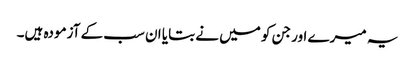
یہ میرے اور جن کو میں نے بتایا ان سب کے آزمودہ ہیں۔